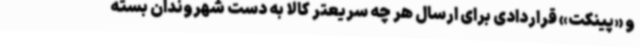
و «پینکت» قراردادی برای ارسال هر چه سریعتر کالا به دست شهروندان بسته